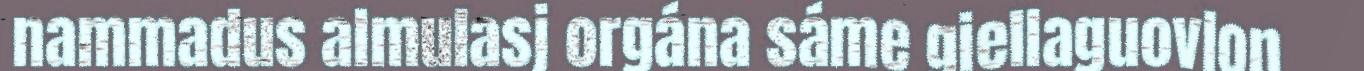
nammadus almulasj orgána sáme giellaguovlon